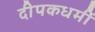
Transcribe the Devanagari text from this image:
दीपकधर्मी